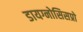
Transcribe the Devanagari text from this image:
डायग्नोसिसप्रो